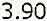
3.90